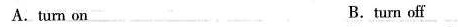
A.tum on B.turn off